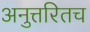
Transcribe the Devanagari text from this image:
अनुत्तरितच